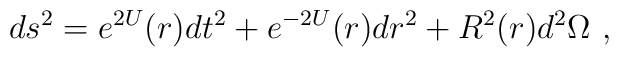
ds^2 =  e^{2U}(r) dt^2 + e^{-2U}(r) dr^2 + R^2 (r) d^2 \Omega  \ ,